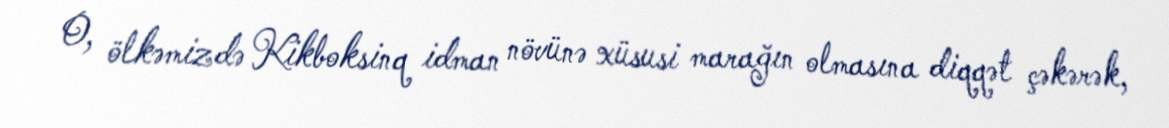
O, ölkəmizdə Kikboksinq idman növünə xüsusi marağın olmasına diqqət çəkərək,